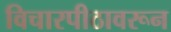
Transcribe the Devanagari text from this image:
विचारपीठावरून